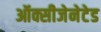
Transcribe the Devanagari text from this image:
ऑक्सीजेनेटेड